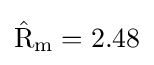
\mathrm {\hat {R}} _{\mathrm {m} }=2.48